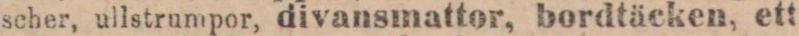
scher, ullstrumpor, divansmattor, bordtäcken, ett